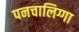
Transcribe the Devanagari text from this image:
पनचालिग्गा